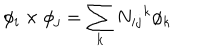
\phi _ { i } \times \phi _ { j } = \sum _ { k } N _ { i j } { } ^ { k } \phi _ { k }